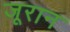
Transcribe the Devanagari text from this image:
जूरान